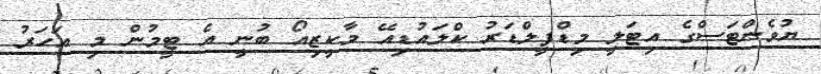
ޔުވެންޓަސްގެ އިޓަލީ މިޑްފީލްޑަރު ކްލައުޑިއޭ މާކީޒިއޯ ބުނީ އެ ޓީމުން މި އަހަރު